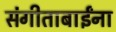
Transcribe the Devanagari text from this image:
संगीताबाईंना